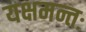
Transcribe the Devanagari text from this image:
यक्षमन्तः